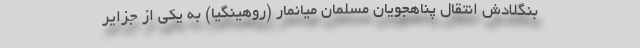
بنگلادش انتقال پناهجویان مسلمان میانمار (روهینگیا) به یکی از جزایر